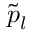
\tilde { p } _ { l }